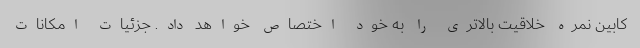
کابین نمره خلاقیت بالاتری را به خود اختصاص خواهد داد. جزئیات امکانات